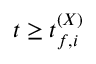
t \geq t _ { f , i } ^ { ( X ) }